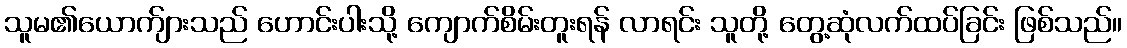
သူမ၏ယောက်ျားသည် ဟောင်းပါးသို့ ကျောက်စိမ်းတူးရန် လာရင်း သူတို့ တွေ့ဆုံလက်ထပ်ခြင်း ဖြစ်သည်။